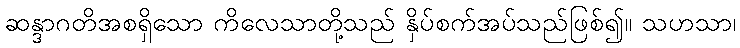
ဆန္ဒာဂတိအစရှိသော ကိလေသာတို့သည် နှိပ်စက်အပ်သည်ဖြစ်၍။ သဟသာ၊